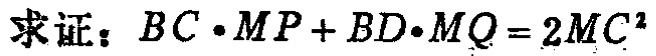
求证：\(BC\cdot MP + BD\cdot MQ = 2MC^{2}\)